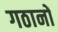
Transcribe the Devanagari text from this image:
गठानों